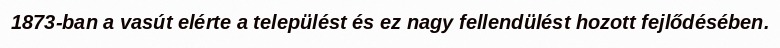
1873-ban a vasút elérte a települést és ez nagy fellendülést hozott fejlődésében.